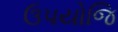
ઉપયોજિ